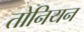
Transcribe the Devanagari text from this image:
तोनियन